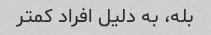
بله، به دلیل افراد کمتر